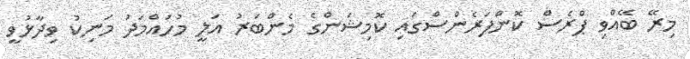
މިރޭ ބޭއްވި ޕްރެސް ކޮންފަރެންސްގައި ކޮމިޝަންގެ މެންބަރު އަލީ މުހައްމަދު މަނިކު ވިދާޅުވީ